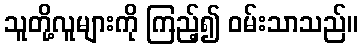
သူတို့လူများကို ကြည့်၍ ဝမ်းသာသည်။